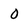
Character: 0